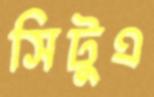
সিটুএ